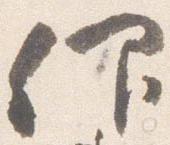
仰